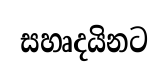
සහෘදයිනට